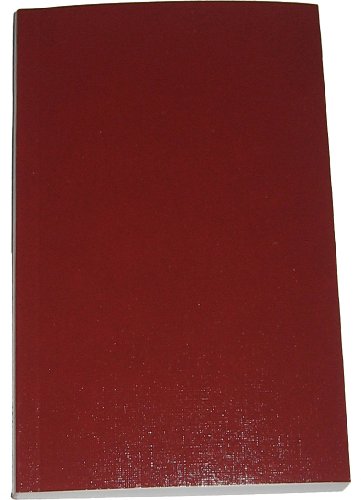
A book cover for Alcoholics Anonymous; Anonymous; Health, Fitness & Dieting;